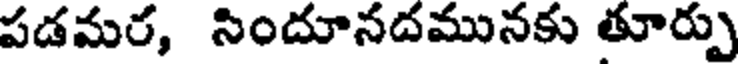
పడమర, సిందూనదమునకు తూర్పు